Madras plague regulations and rules - Volume 2
Disease focus: Plague
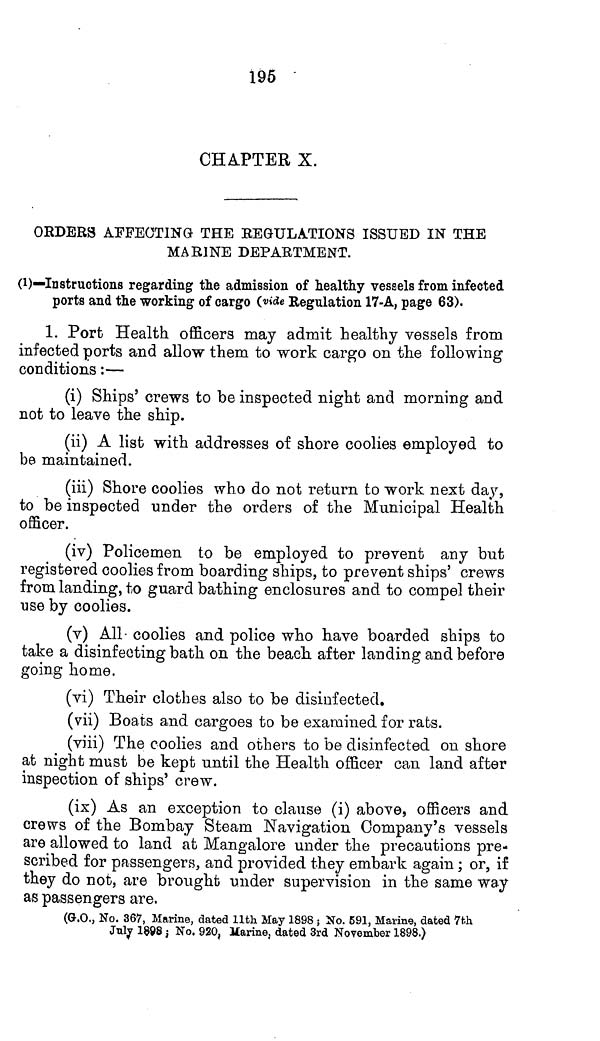
195
CHAPTER X.
ORDERS AFFECTING THE REGULATIONS ISSUED IN THE
MARINE DEPARTMENT.
(1)—Instructions regarding the admission of healthy vessels from infected
ports and the working of cargo (vide Regulation 17-A, page 63).
1. Port Health officers may admit healthy vessels from
infected ports and allow them to work cargo on the following
conditions:—
(i) Ships' crews to be inspected night and morning and
not to leave the ship.
(ii) A list with addresses of shore coolies employed to
be maintained.
(iii) Shore coolies who do not return to work next day,
to be inspected under the orders of the Municipal Health
officer.
(iv) Policemen to be employed to prevent any but
registered coolies from boarding ships, to prevent ships' crews
from landing, to guard bathing enclosures and to compel their
use by coolies.
(v) All- coolies and police who have boarded ships to
take a disinfecting bath on the beach after landing and before
going home.
(vi) Their clothes also to be disinfected.
(vii) Boats and cargoes to be examined for rats.
(viii) The coolies and others to be disinfected on shore
at night must be kept until the Health officer can land after
inspection of ships' crew.
(ix) As an exception to clause (i) above, officers and
crews of the Bombay Steam Navigation Company's vessels
are allowed to land at Mangalore under the precautions pre-
scribed for passengers, and provided they embark again; or, if
they do not, are brought under supervision in the same way
as passengers are.
(G.O., No. 367, Marine, dated 11th May 1898; No. 591, Marine, dated 7th
July 1898) No, 920, Marine, dated 3rd November 1898.)